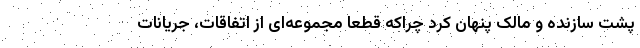
پشت سازنده و مالک پنهان کرد چراکه قطعا مجموعه‌ای از اتفاقات، جریانات